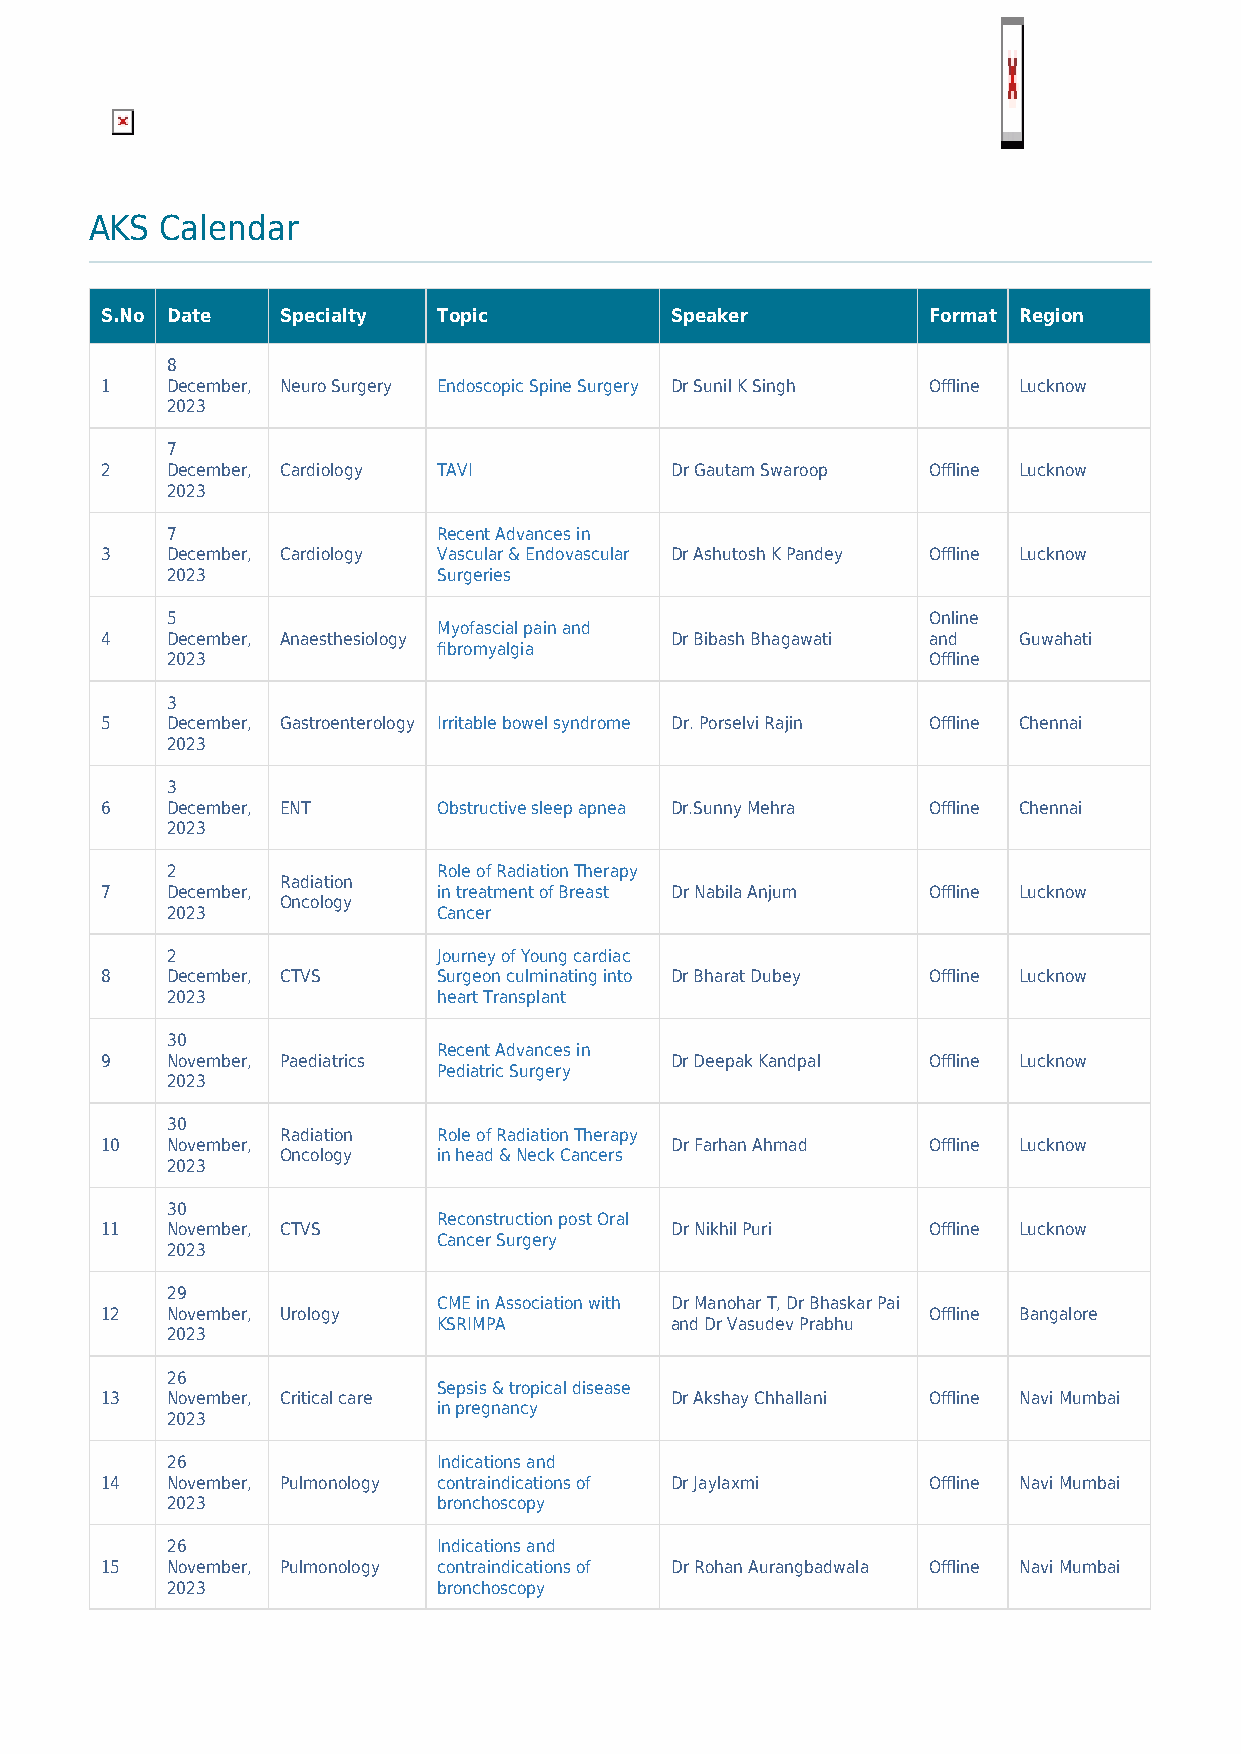
AKS  Calendar
 S.No Date   Specialty Topic          Speaker          Format Region
 8
 1   December, Neuro Surgery Endoscopic Spine Surgery Dr Sunil K Singh Offline Lucknow
 2023
 7
 2   December, Cardiology TAVI        Dr Gautam Swaroop Offline Lucknow
 2023
 7                 Recent Advances in
 3   December, Cardiology Vascular & Endovascular Dr Ashutosh K Pandey Offline Lucknow
 2023              Surgeries
 5                                                 Online
 Myofascial pain and
 4   December, Anaesthesiology        Dr Bibash Bhagawati and Guwahati
 fibromyalgia
 2023                                              Offline
 3
 5   December, Gastroenterology Irritable bowel syndrome Dr. Porselvi Rajin Offline Chennai
 2023
 3
 6   December, ENT     Obstructive sleep apnea Dr.Sunny Mehra Offline Chennai
 2023
 2                 Role of Radiation Therapy
 Radiation
 7   December,         in treatment of Breast Dr Nabila Anjum Offline Lucknow
 Oncology
 2023              Cancer
 2                 Journey of Young cardiac
 8   December, CTVS    Surgeon culminating into Dr Bharat Dubey Offline Lucknow
 2023              heart Transplant
 30
 Recent Advances in
 9   November, Paediatrics            Dr Deepak Kandpal Offline Lucknow
 Pediatric Surgery
 2023
 30
 Radiation Role of Radiation Therapy
 10  November,                        Dr Farhan Ahmad  Offline Lucknow
 Oncology  in head & Neck Cancers
 2023
 30
 Reconstruction post Oral
 11  November, CTVS                   Dr Nikhil Puri   Offline Lucknow
 Cancer Surgery
 2023
 29
 CME in Association with Dr Manohar T, Dr Bhaskar Pai
 12  November, Urology                                 Offline Bangalore
 KSRIMPA        and Dr Vasudev Prabhu
 2023
 26
 Sepsis & tropical disease
 13  November, Critical care          Dr Akshay Chhallani Offline Navi Mumbai
 in pregnancy
 2023
 26                Indications and
 14  November, Pulmonology contraindications of Dr Jaylaxmi Offline Navi Mumbai
 2023              bronchoscopy
 26                Indications and
 15  November, Pulmonology contraindications of Dr Rohan Aurangbadwala Offline Navi Mumbai
 2023              bronchoscopy